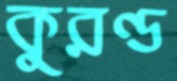
কুরণ্ড